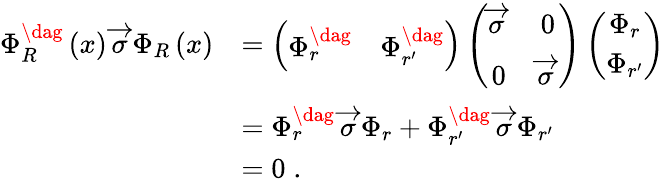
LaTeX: \begin{array}{rl}{\Phi_{R}^{\dag}\left(x\right)\, \overrightarrow{\sigma}\, \Phi_{R}\left(x\right)}&{=\left(\begin{array}{cc}{\Phi_{r}^{\dag}}&{\Phi_{r^{\prime}}^{\dag}}\end{array}\right)\left(\begin{array}{cc}{\overrightarrow{\sigma}\, }&{0}\\ {0}&{\overrightarrow{\sigma}\, }\end{array}\right)\left(\begin{array}{c}{\Phi_{r}}\\ {\Phi_{r^{\prime}}}\end{array}\right)}\\ &{=\Phi_{r}^{\dag}\, \overrightarrow{\sigma}\, \Phi_{r}+\Phi_{r^{\prime}}^{\dag}\, \overrightarrow{\sigma}\, \Phi_{r^{\prime}}}\\ &{=0\; .}\end{array}